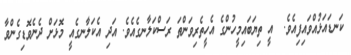
ކަނޑައަޅުއްވައިފިއެވެ.  އީ ތިޔަބައިމީހުންގެ އެހީތެރިވަންތަ ރަސްކަލާނގެއެވެ. އަދި އެކަލާނގެއީ މޮޅަށް ދެނެވޮޑިގެންވާ